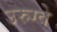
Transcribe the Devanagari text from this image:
उरुग्‍वे